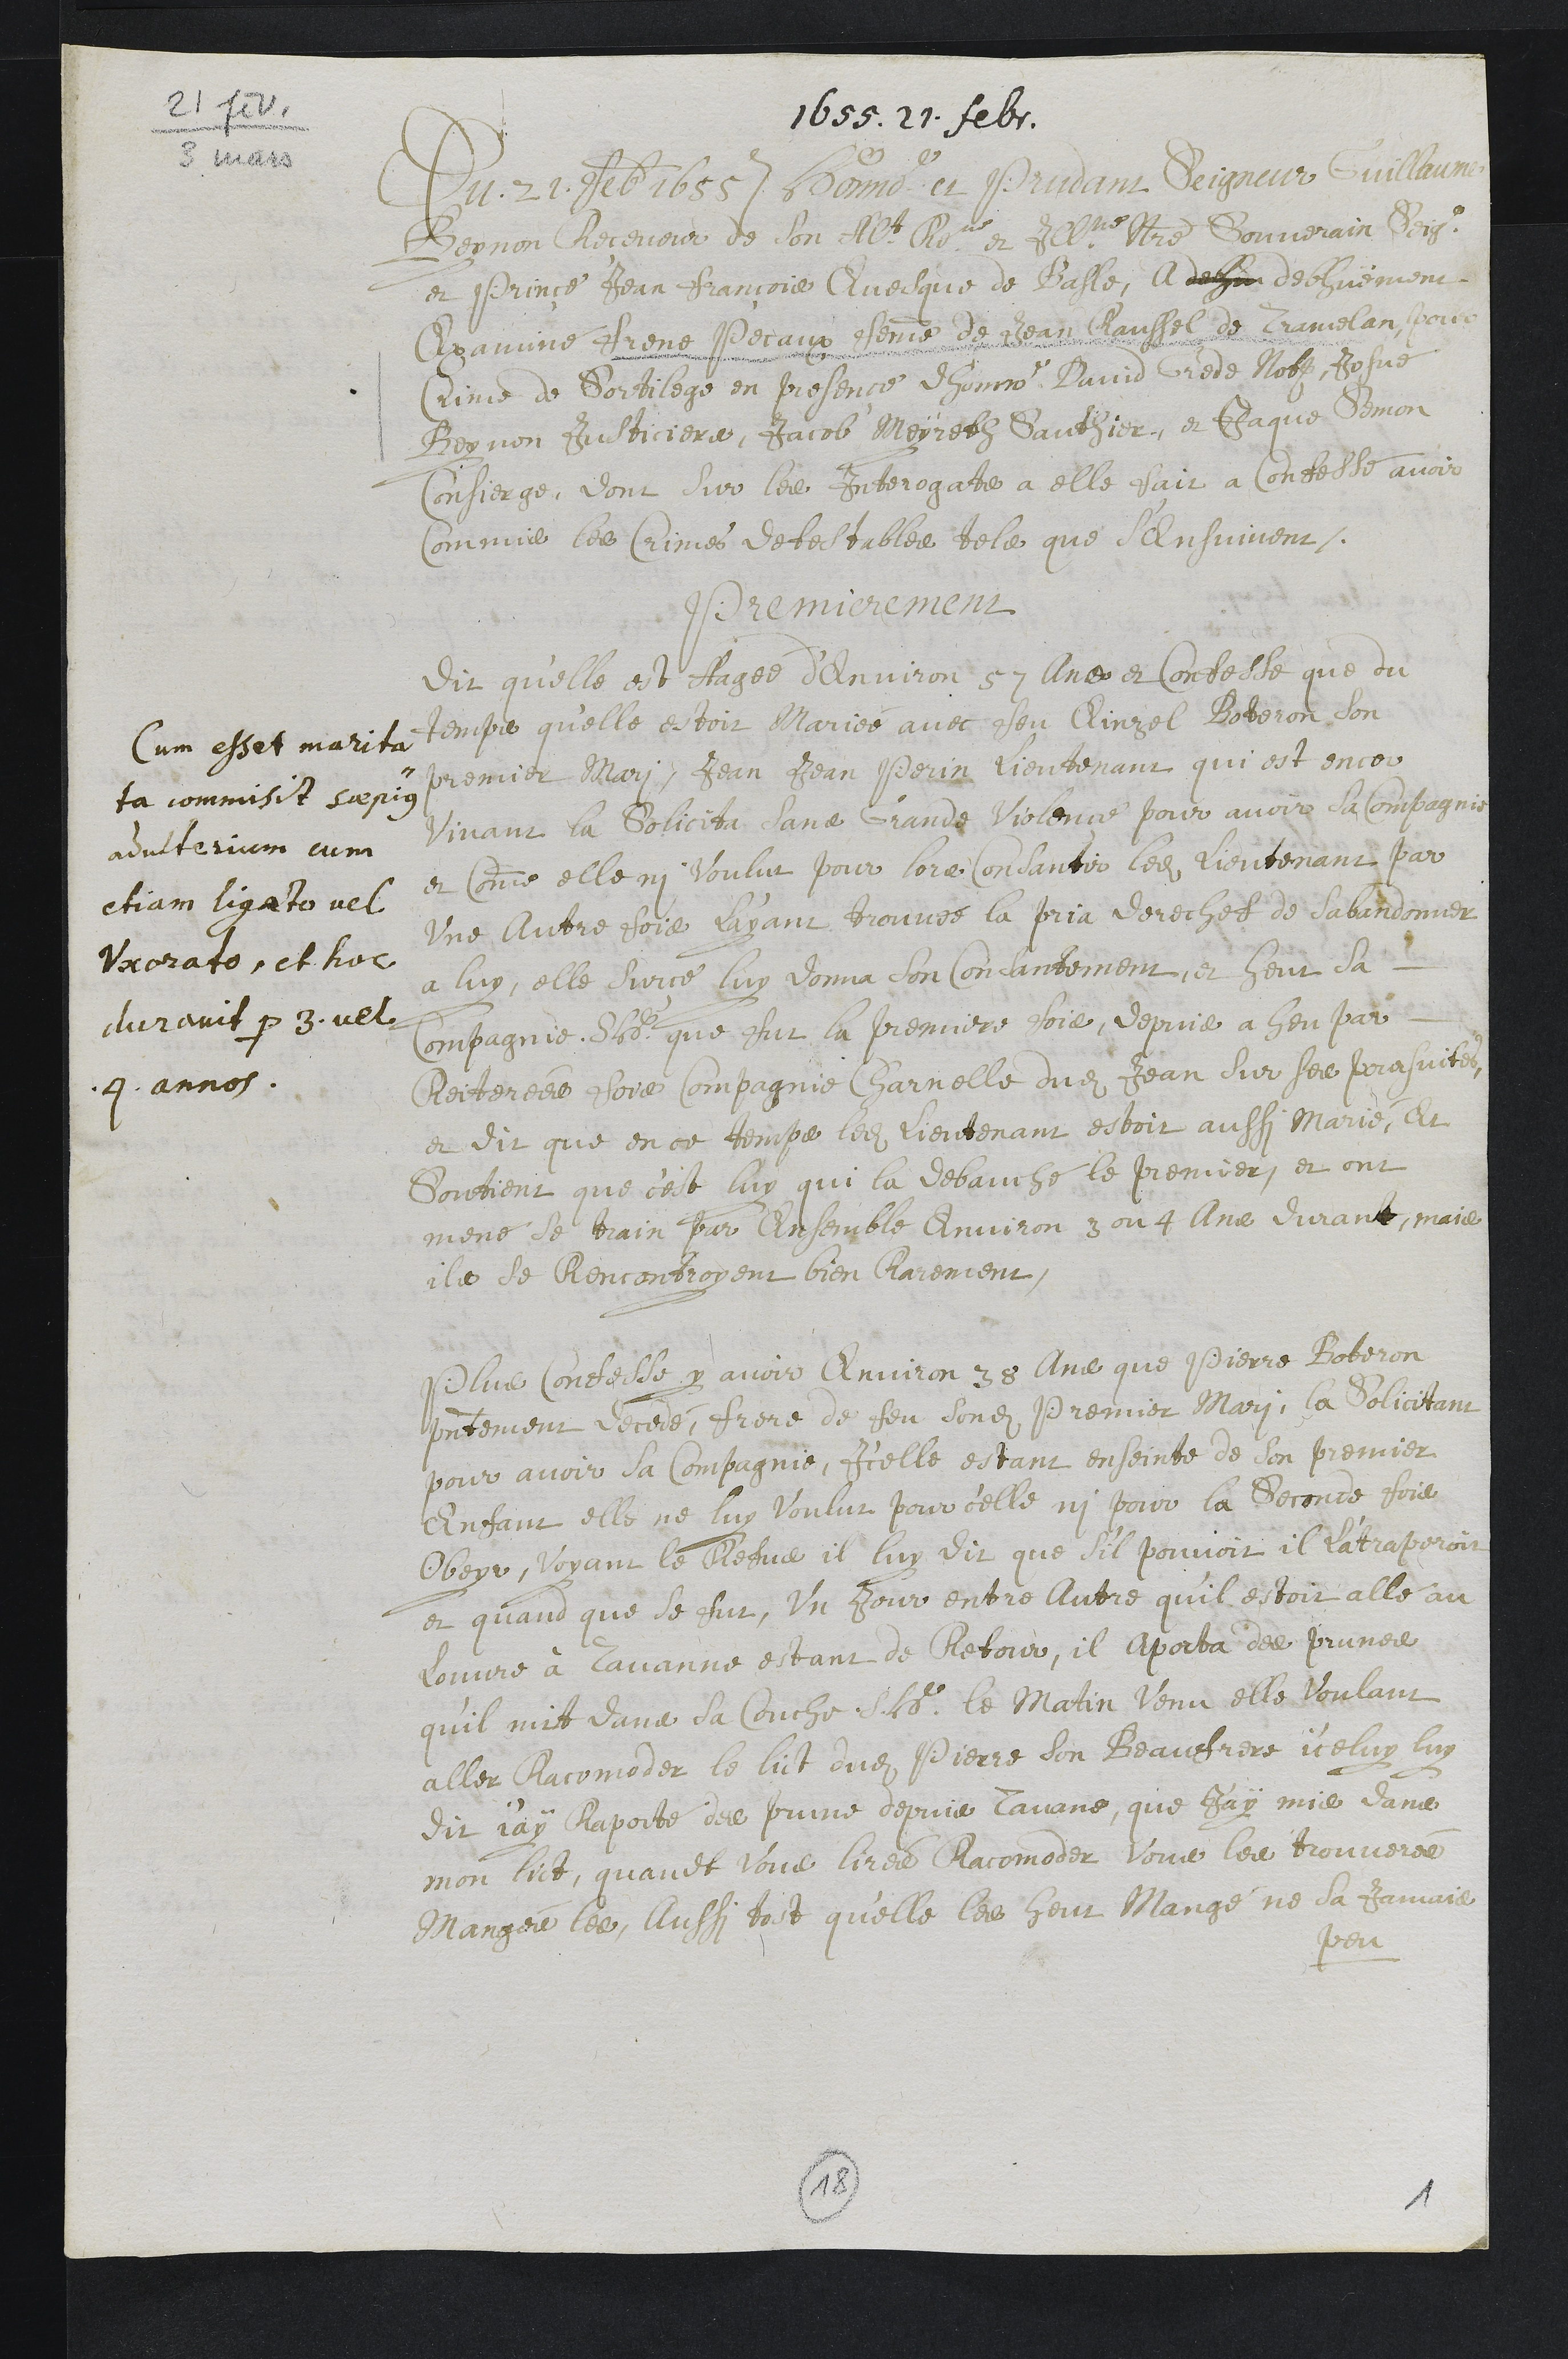
3
1655. 21 febs.
Du 21 7ed 1655 Benne et Brridam Seigneur Guillaum
Begnon Receveur de son Alt o et Ill Notre Souverain Beig
et Prince Jean François Ervesque de Basle, A dehu dechuement
Examine Prene Peraux ffemme de Jean Caussel de Trancelanspois
Crime de Sortilege en presence dhomme lavid viede Noth Rosne
Begnon Justiciere, Jacob Meyrebh Sauthier, et Jaque demon
Consierge, dont sur les Interogate a elle fair a Confesse avoir
commie les Crimes detestablee tele que s’ensuivent
Premierement
Cum esset marita
ta commisit supig
adulterivm cum
chiam ligate vel-
Vnorato, et homme
duraiit par 3 vel
9 annos.
dir qu’elle est Hagée d’environ 57 line et Confesse que du
temps qu’elle estoit Mariée avec een Rlinzel Roberon son
premier Mari, Jean Jean Perin lieutenant qui est encor
vivant la solicita lune Grande violence pour avoir da compagnie
et comme elle ni voulur pour lors condantir ledit lieutenant par
une autre fois cayant trouvée la pria dorechef de Sabandonner
a luy, elle sur ce luy donna son concandement et heur sa
Compagnie Sbote que fut la premiere foie, depuié a heu par
Reitereee foie compagnie Charnelle dudit Jean sur ser prasuite
et dit que en ce temps ledit vientenant estoit aussi Marie, Et
Soutient que cest luy qui la debauche le premier et ont
mené se train par ensemble environ 3 ou 4 Ane dirant, mais
ile de Rencontroyent bien Carement,.
Plus Confellse y avoir environ 35 Ans que Pierre Boteron
presentement recede, frere de feu sondit Premier Mari, la solicitant
pour avoir sa compagnie, icelle estant enseinte de son premier
enfant elle ne luy voulux pour celle, ni pour la seconde fois
Obeyr, voyant le Recve il luy dir que s’il pouvoit il latraperoit
et quand que se fur, un jour entre lutre quil estoit alle au
louvre à lavanne estant de Rebour, il apoiba des prunee
qu’il mit dana sa Couche dloter le Matin venu elle voulant
aller Racomoder le lict dudit Pierre son Beauffrere iceluy luy
dit jay craporte des prime depuis lavans, que J'ay mie dans
mon lict, quavet vous liree Racomoder Vous les trouveres
Manger les, Aussi tost quelle les heut mangé ne sa jamais
peu
14
1